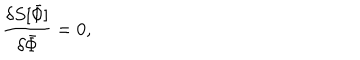
LaTeX: { \frac { \delta S [ \bar { \mit \Phi } ] } { \delta \bar { \mit \Phi } } } = 0 ,